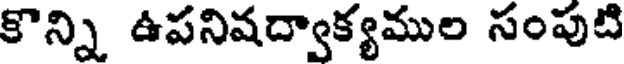
కొన్ని ఉపనిషద్వాక్యముల సంపుటి